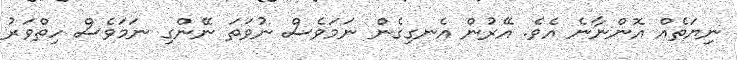
ނިޔަތެއް އޮންނާނެ އެވެ. އޭރުން އެނގިގެން ނަމަވެސް ނުވަތަ ނޭންގި ނަމަވެސް ހިތްވަރު